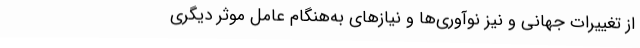
از تغییرات جهانی و نیز نوآوری‌ها و نیازهای به‌هنگام عامل موثر دیگری